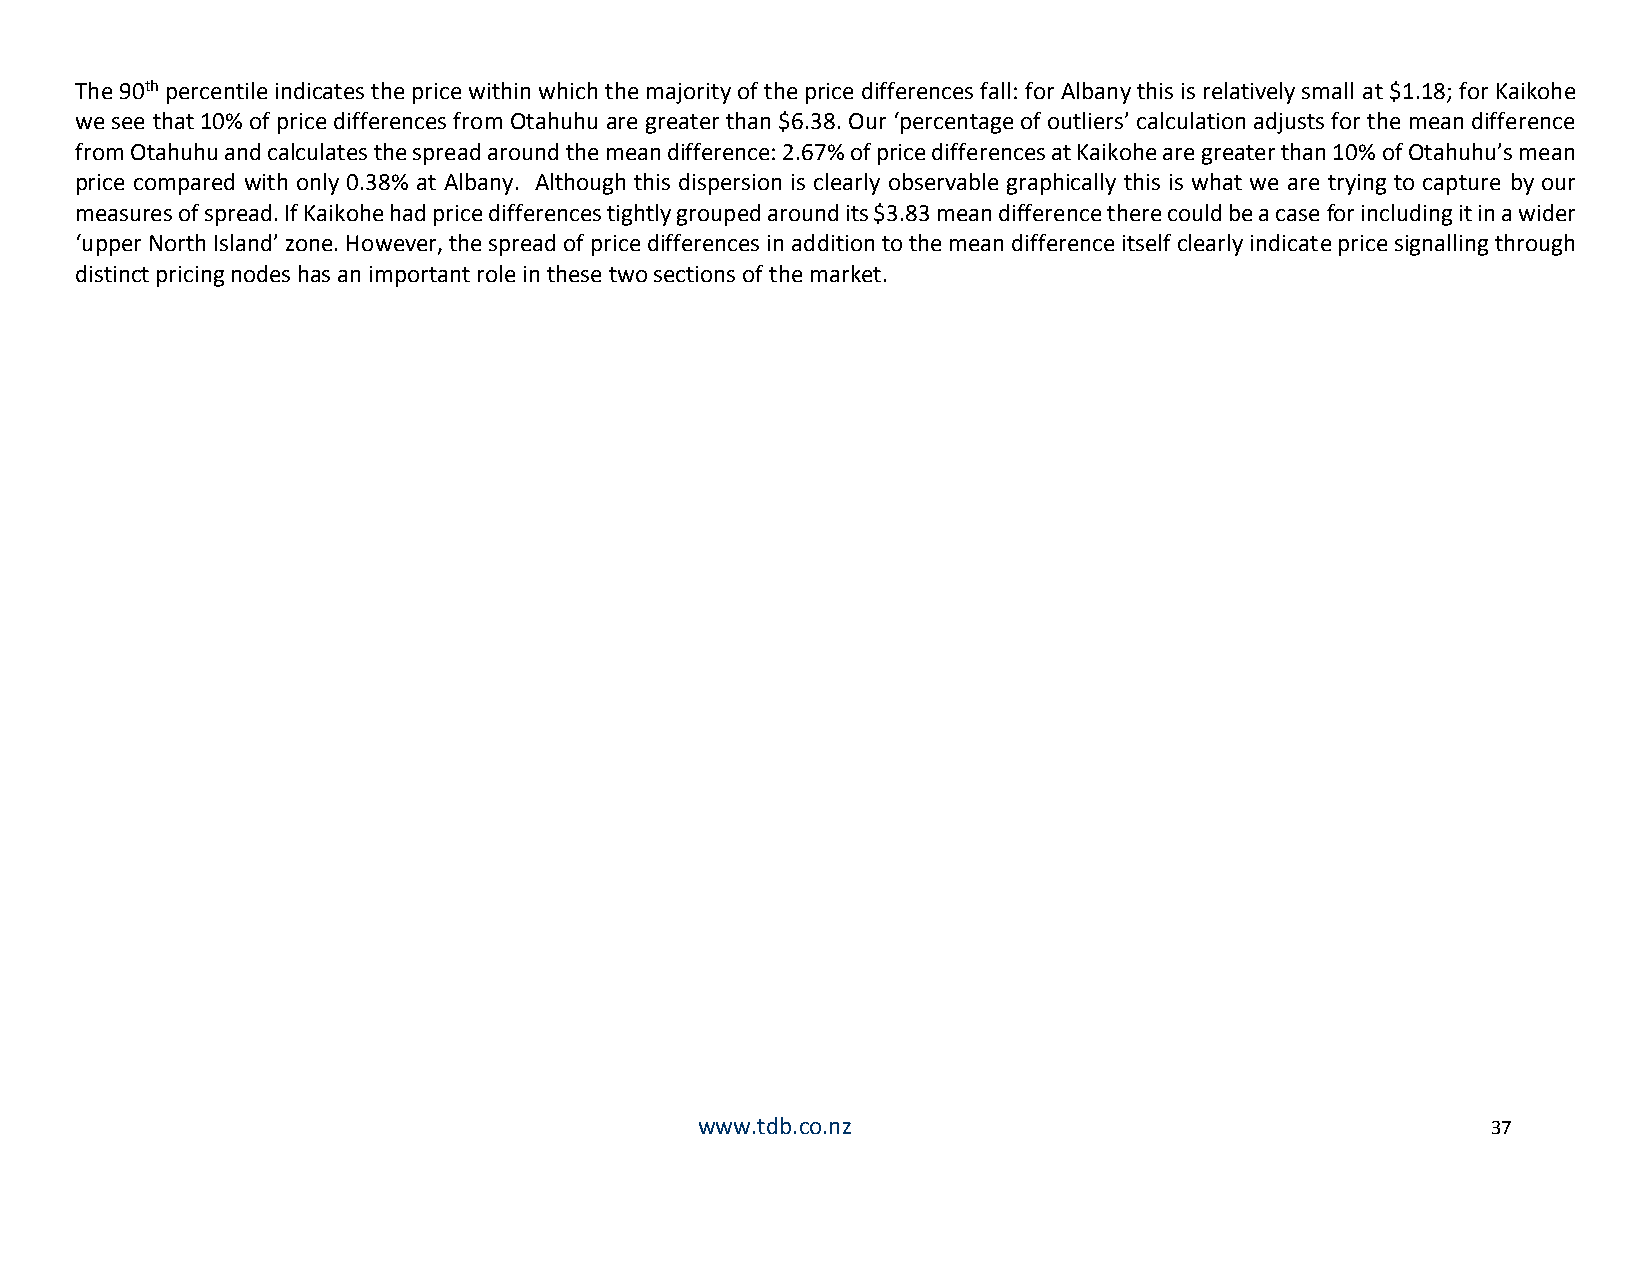
The 90th percentile indicates the price within which the majority of the price differences fall: for Albany this is relatively small at $1.18; for Kaikohe
 we see that 10% of price differences from Otahuhu are greater than $6.38. Our ‘percentage of outliers’ calculation adjusts for the mean difference
 from Otahuhu and calculates the spread around the mean difference: 2.67% of price differences at Kaikohe are greater than 10% of Otahuhu’s mean
 price compared with only 0.38% at Albany. Although this dispersion is clearly observable graphically this is what we are trying to capture by our
 measures of spread. If Kaikohe had price differences tightly grouped around its $3.83 mean difference there could be a case for including it in a wider
 ‘upper North Island’ zone. However, the spread of price differences in addition to the mean difference itself clearly indicate price signalling through
 distinct pricing nodes has an important role in these two sections of the market.
 www.tdb.co.nz                                        37